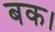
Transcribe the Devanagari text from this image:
बक।